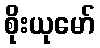
စိုးယုမော်